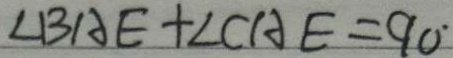
\angle B A E + \angle C A E = 9 0 ^ { \circ }